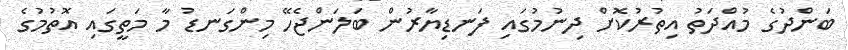
ބަންދުގެ މުއްދަތު އިތުރުކޮށް ދިނުމުގައި ފަނޑިޔާރުން ބަލަންޖެހޭ މިންގަނޑު މާ މަތީގައި އޮތުމުގެ